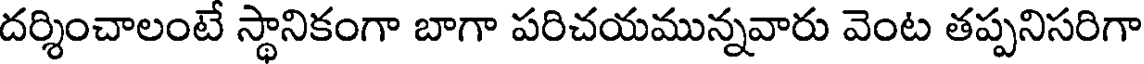
దర్శించాలంటే స్థానికంగా బాగా పరిచయమున్నవారు వెంట తప్పనిసరిగా